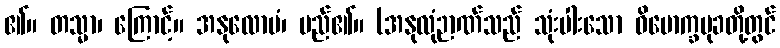
၏။ တသ္မာ၊ ကြောင့်။ အနုလောမံ၊ မည်၏။ (အနုလုံဉာဏ်သည် သုံးပါးသော ဝိမောက္ခမုခတို့တွင်